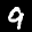
Label: 9